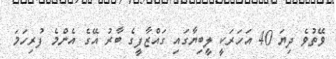
ވޭތުވެ ދިޔަ 40 އަހަރަކީ ލީބިޔާގައި ގައްޒާފީގެ ބާރު އޭގެ އެންމެ ފުރިހަމަ